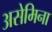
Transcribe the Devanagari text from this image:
असेमिना